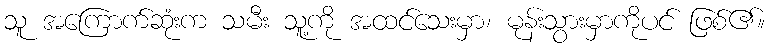
သူ အကြောက်ဆုံးက သမီး သူ့ကို အထင်သေးမှာ၊ မုန်းသွားမှာကိုပင် ဖြစ်၏။